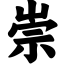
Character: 崇